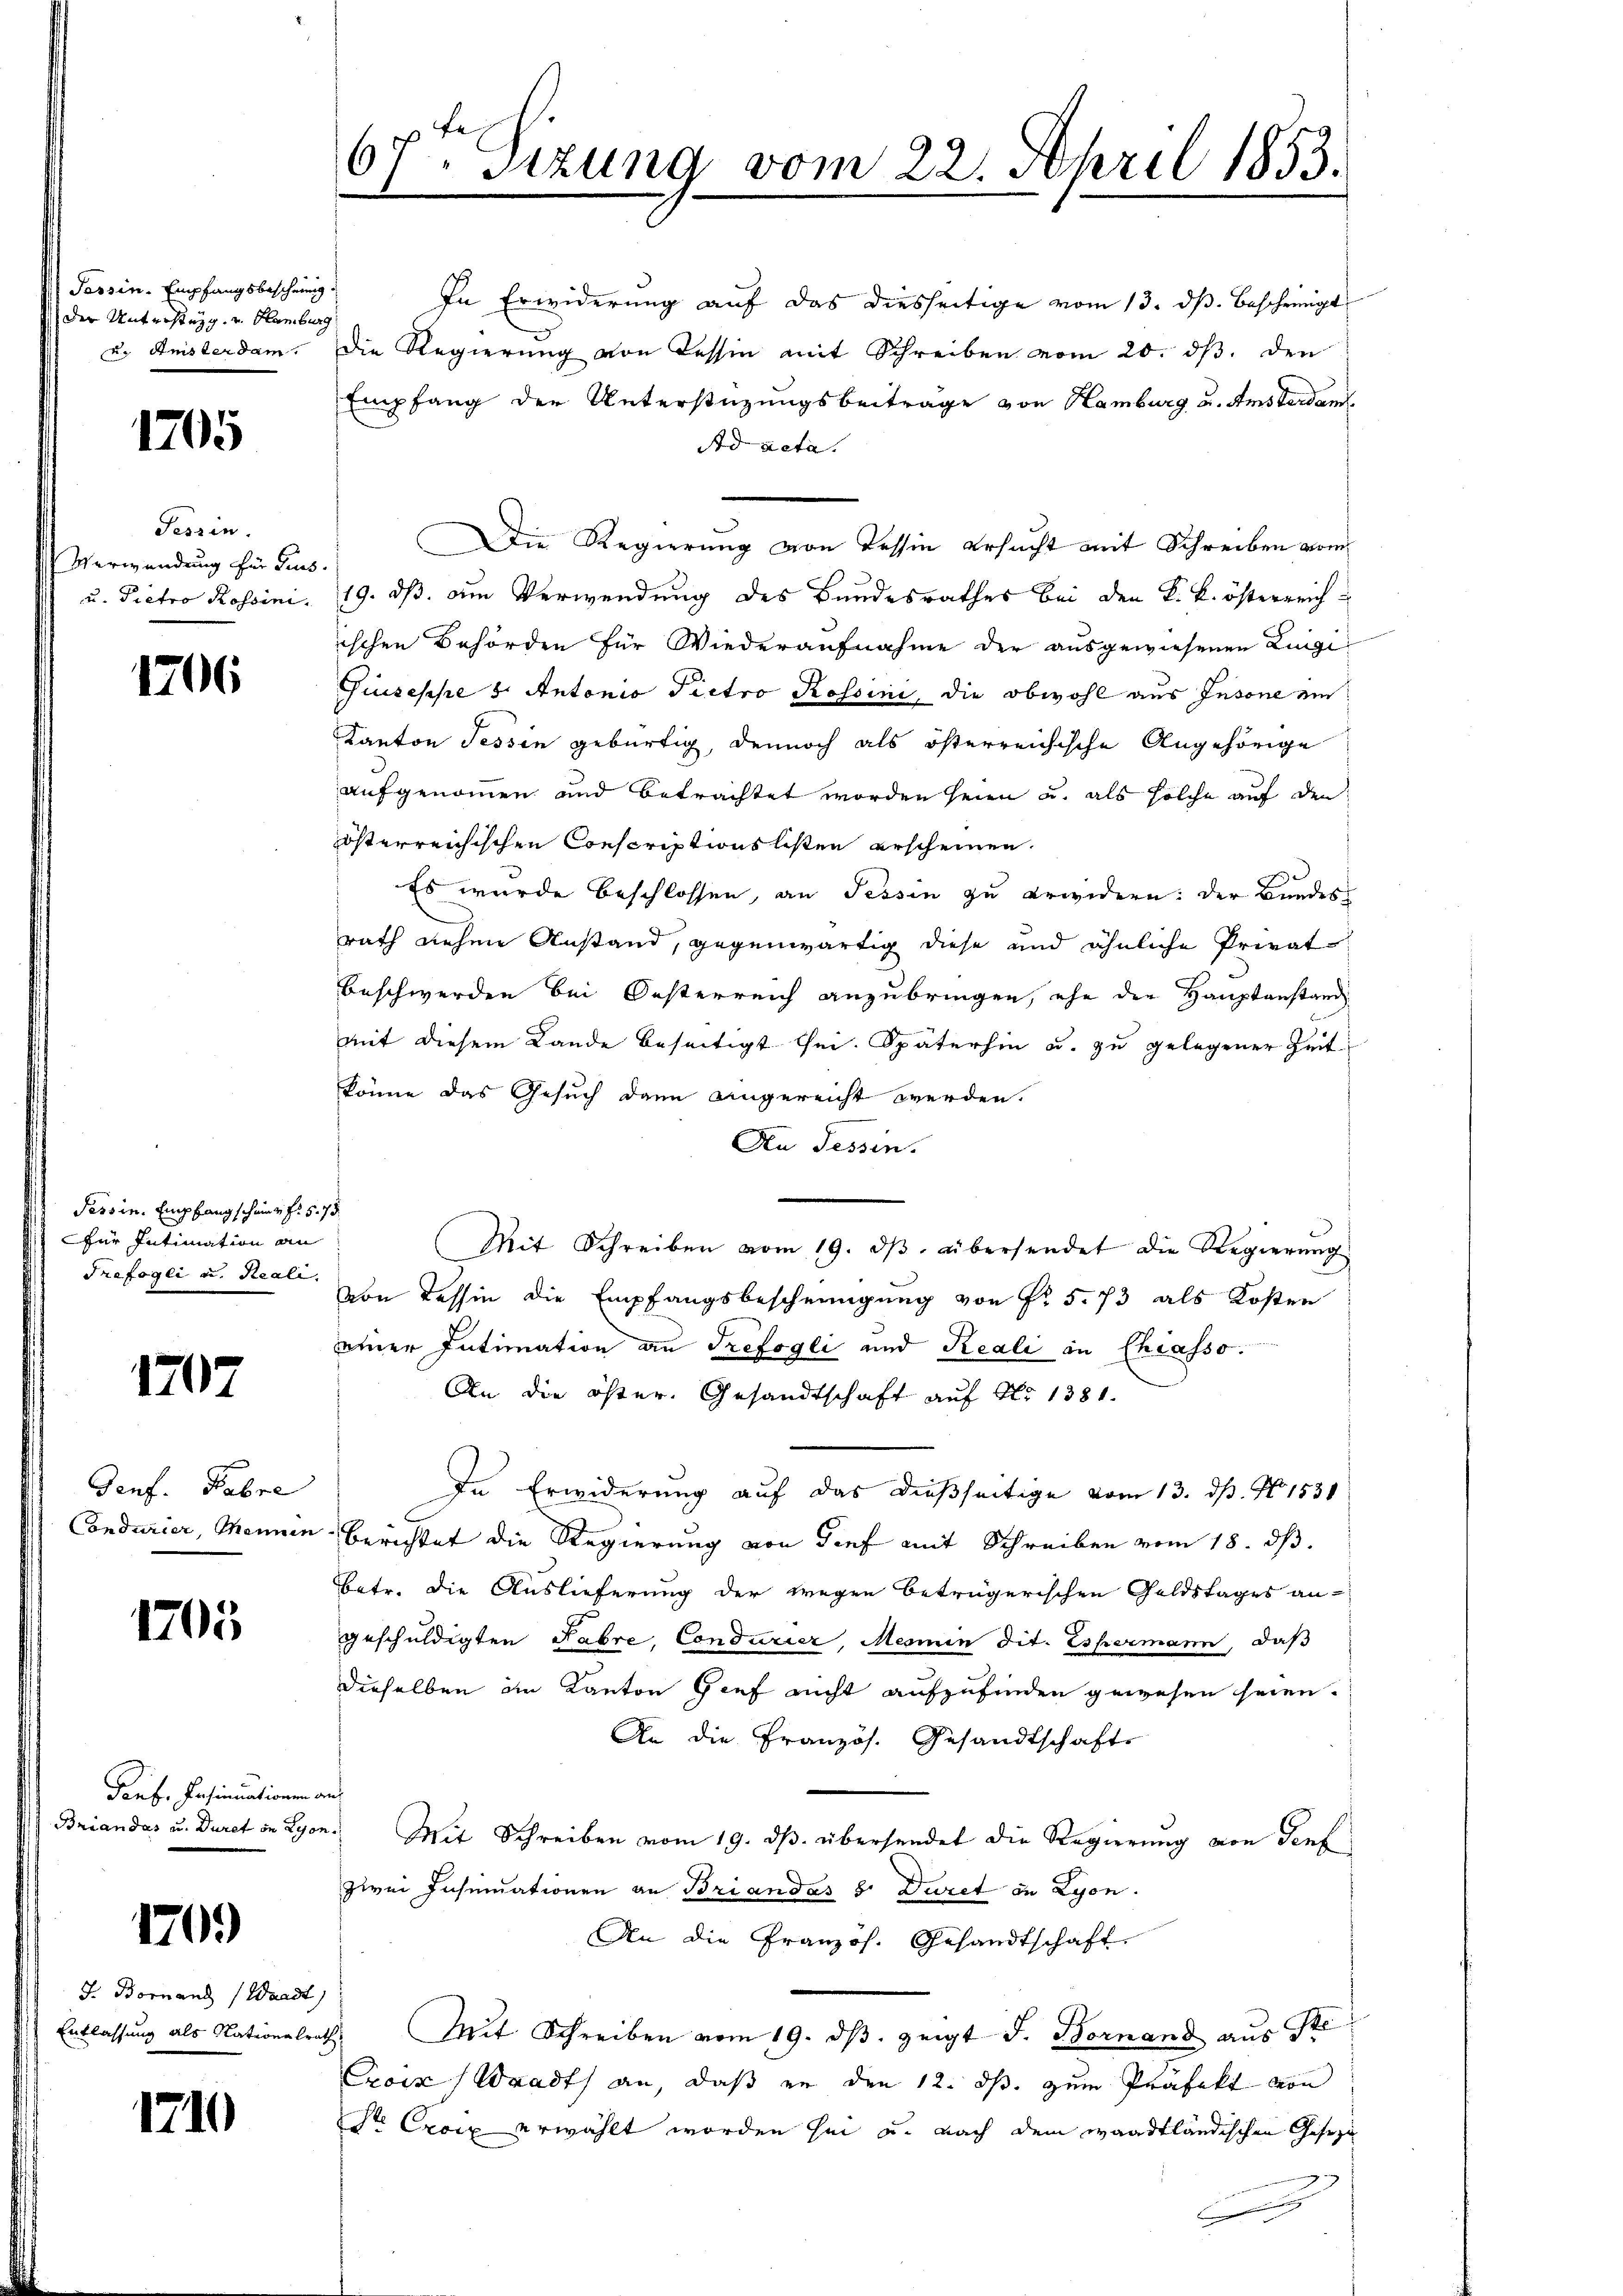
Passin, Empfangsbescheinig.
der Untersteig, u. Hamburg
u. Amsterdam.

1705

Fessen.
Verwendung für Trus.
u. Pietro Rossini.

106

Tessin. Empfang scheint fr. 5. 73.
für Intimation an
Trefogli u. Reali.

1707

Genf. Habre
Condurier, Meinen

1205

Pauf. Insinuationen
Triandas u. Duret in Lyon

1709)

J. Bornand (Waadt)
Entlassung als Nationalr

1710

67. Sizung vom 22. April 1853.

In Erwiderung auf das diesseitige vom 13. ds. bescheinigt
die Regierŭng von Tessin mit Schreiben vom 20. dβ. den
Empfang der Unterstüzungsbeitrage von Hamburg u. Amsterdam
Ad acta.
Die Regierung von dessen ersucht mit Schreiben vom
19. ds. am Verwendung des Bandesrathes bei den k. k. österreich
ischen Behörden für Wiederaufnahme der ausgewiesenen Lingi
Giuseppe 8. Antonio Pietro Rossini, die obwohl aus Insone ein
Kanton Tessin gebürtig, dennoch als österreichische Angehörige
aufgenommen und betrachtet worden seien u. als solche auf den
österreichischen Conscriptionsbesten erscheinen.
Es wurde beschlossen, an Tessin zu erwidern: der Bundes
rath diehen Anstand, gegenwärtig diese und ähnliche Privat
Beschwerden bei Oesterreich anzubringen, ehe die Hauptanstand
mit diesem Lande beseitigt sei. Späterhin u. zu gelegener Zeit
könne das Gesuch dann angereicht werden.
An Tessin.
Mit Schreiben vom 19. dβ übersendet die Regierung
von Tessin die Empfangsbescheinigung von Fr. 5. 73 als Kosten
einer Intimation an Trefogli und Reali in Chiasso.
An die öster. Gesandtschaft auf No 1381.
In Erwiderung auf das dießseitige vom 13. ds. No 1531
Berichtet die Regierung von Tief mit Schreiben vom 18. ds.
Betr. die Auslieferung der wegen beträgerischen Geldstages an-
geschuldigten Fabre, Condurier, Mermin dit. Espermann, daß
dieselben im Kanton Gief nicht aufzufinden gewesen seien.
An die Französ. Gesandtschafte
s
Mit Schreiben vom 19. dβ übersendet die Regierung von Genf
zwei Insinuationen an Briandas 8. Duret in Lyon.
An die Französ. Gesandtschaft
" Mit Schreiben vom 19. dβ zeigt J. Bornand aus St
Croix (Waadt an, daß er den 12. ds. zum Präfekt von
Sr Croix erwählt worden sei u. nach dem waadtländischen Geseze